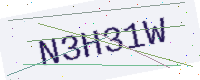
Text: N3H31W